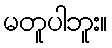
မတူပါဘူး။